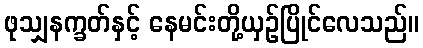
ဖုသျှနက္ခတ်နှင့် နေမင်းတို့ယှဉ်ပြိုင်လေသည်။